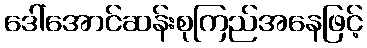
ဒေါ်အောင်ဆန်းစုကြည်အနေဖြင့်